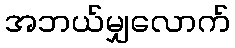
အဘယ်မျှလောက်